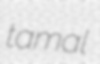
tamal